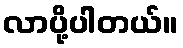
လာပို့ပါတယ်။